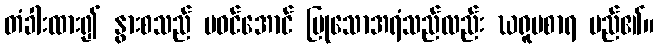
တံခါးထား၍ နွားစသည် မဝင်အောင် ပြုသောအရံသည်လည်း ဃရူပစာရ မည်၏။